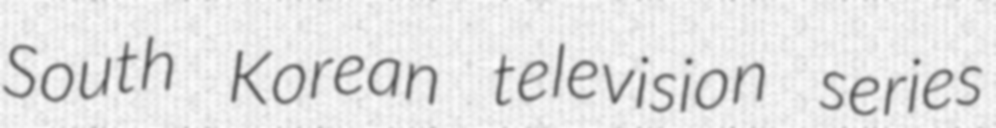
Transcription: South Korean television series